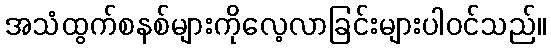
အသံထွက်စနစ်များကိုလေ့လာခြင်းများပါဝင်သည်။